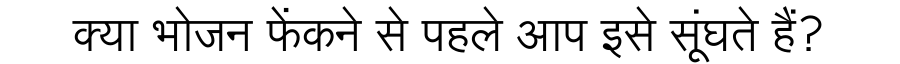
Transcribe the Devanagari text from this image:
क्या भोजन फेंकने से पहले आप इसे सूंघते हैं?